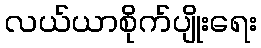
လယ်ယာစိုက်ပျိုးရေး